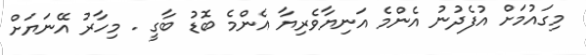
މިގައުމަށް އުފެދުނު އެންމެ އަނިޔާވެރިޔާ އެންމެ ބޮޑު ބާގީ . މިހާރު އޭނަޔަށް